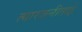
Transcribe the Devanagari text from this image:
त्यारजनीताई